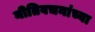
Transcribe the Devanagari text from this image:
नीतिवचनांच्या